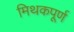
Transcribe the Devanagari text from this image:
मिथकपूर्ण